Vaccination North-Western Provinces and Oudh 1878-1895 - 1878-1895
Year: 1878
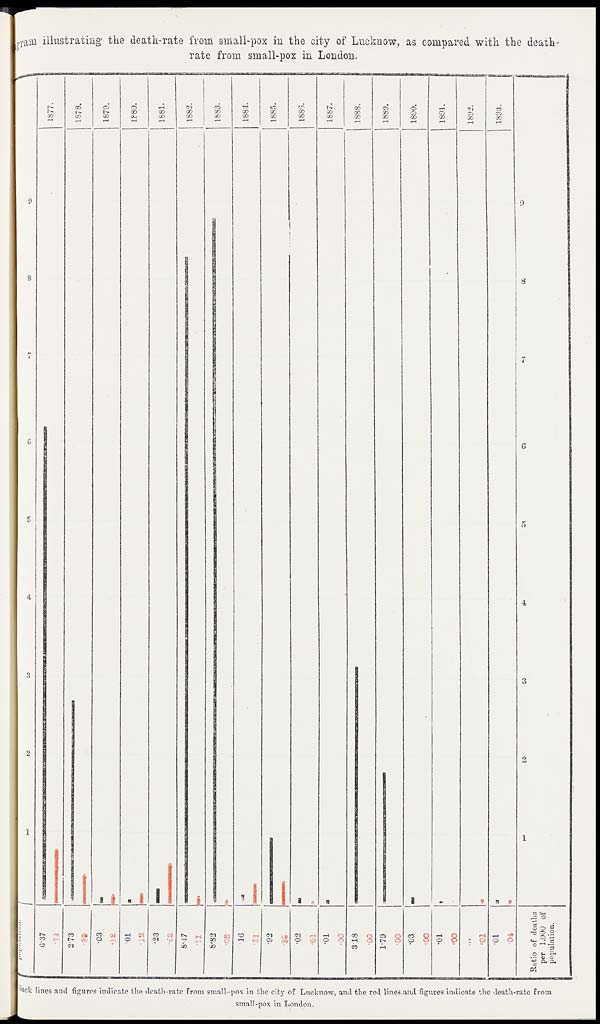
gram illustrating the death-rate from small-pox in the city of Lucknow, as compared with the death-
rate from small-pox in London.
black lines and figures indicate the death-rate from small-pox in the city of Lucknow, and the red lines and figures indicate the death-rate from
small-pox in London.